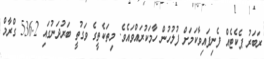
ރަބަރު ޕެކެޓެއް ފެނިފައިވާކަމަށް ފުލުހުން ހާމަކުރައްވައެވެ. މިތަކެތީގެ ވަގުތީ ބަރުދަނުގައި 536.2 ގްރާމް